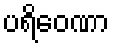
ပရိဝေဏာ